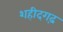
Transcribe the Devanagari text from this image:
शहीदगढ़